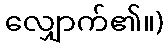
လျှောက်၏။)